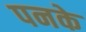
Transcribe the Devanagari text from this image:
पनके